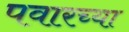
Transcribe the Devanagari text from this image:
पवारच्या